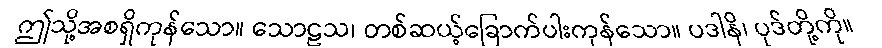
ဤသို့အစရှိကုန်သော။ သောဠသ၊ တစ်ဆယ့်ခြောက်ပါးကုန်သော။ ပဒါနိ၊ ပုဒ်တို့ကို။